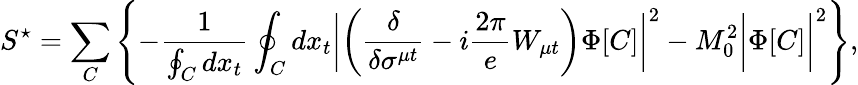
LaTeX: S^{\star}=\sum_{C}\left\{ -\frac{1}{\oint_{C}dx_{t}}\oint_{C}dx_{t}\biggl|\left(\frac{\delta}{\delta\sigma^{\mu t}}-i\frac{2\pi}{e}W_{\mu t}\right)\Phi[C]\biggr|^{2}-M_{0}^{2}\biggl|\Phi[C]\biggr|^{2}\right\} ,